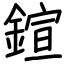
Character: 鍹